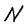
Character: N